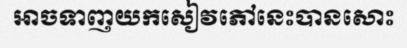
អាចទាញយកសៀវភៅនេះបានសោះ